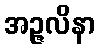
အဉ္ဇလိနာ